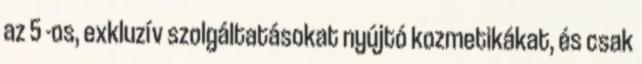
az 5 -os, exkluzív szolgáltatásokat nyújtó kozmetikákat, és csak